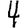
Digit: 4